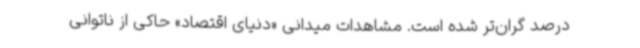
درصد گران‌تر شده است. مشاهدات میدانی «دنیای‌ اقتصاد» حاکی از ناتوانی